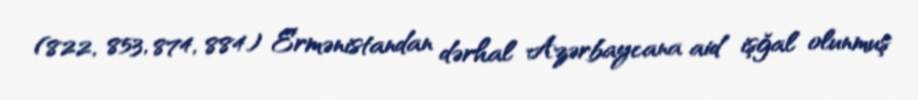
(822, 853, 874, 884) Ermənistandan dərhal Azərbaycana aid işğal olunmuş